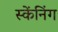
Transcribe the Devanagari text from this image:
स्केंनिंग